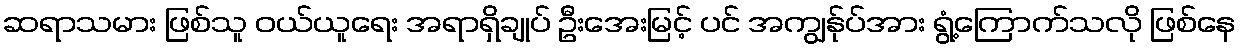
ဆရာသမား ဖြစ်သူ ဝယ်ယူရေး အရာရှိချုပ် ဦးအေးမြင့် ပင် အကျွန်ုပ်အား ရွံ့ကြောက်သလို ဖြစ်နေ